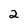
Character: 2